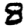
Digit: 8